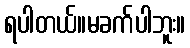
ရပါတယ်။မခက်ပါဘူး။